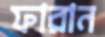
ফারান